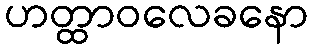
ဟတ္ထာဝလေခနော